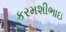
કરમશીભાઇ